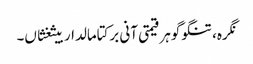
نگرہ، تنگو گوہر قیمتی آنی برکتامالدار بیثغثاں۔